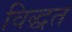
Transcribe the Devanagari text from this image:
विद्धत